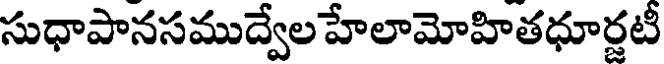
సుధాపానసముద్వేల హేలామోహితధూర్జటీ